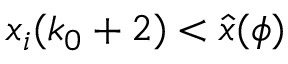
x _ { i } ( k _ { 0 } + 2 ) < \hat { x } ( \phi )